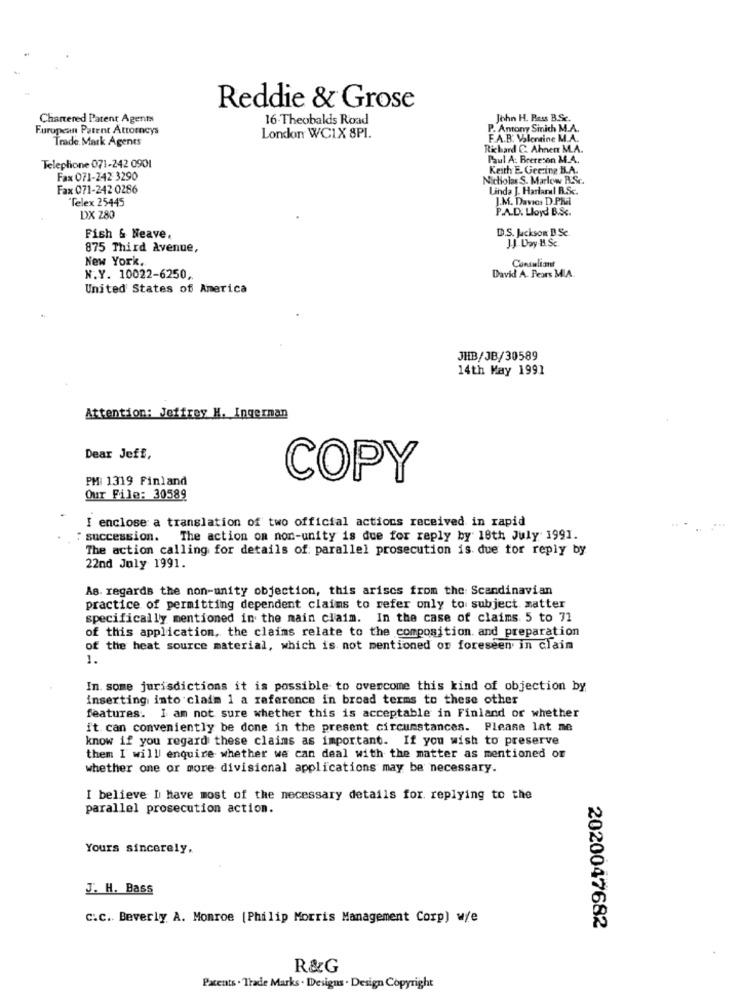
Reddie & Grose
Chartered Patent Agents
16-Theobalds Road
John H. Bass B.Sc.
Furupean Patent Attorneys
P. Antony Sinich M.A.
Trade Mark Agents
London WC1X 8PI.
F.A.B. Valentine M.A.
Richard C. Ahnen M.A.
Paul A: Brereson M.A.
Telephone 071-242 0901
Keith E. Gering B.A.
Fax 071-242 3290
Nicholas S. Marloww R.Sc.
Fax 071-242 0286
Linda J. Harlarul B.Sc.
Telex 25445
J.M. Davies D.PR
P.A.D. Lloyd B.Sc.
DX 280
D.S. Jackson B.Sc
Fish & Neave.
JJ Day-B.Sc.
875 Third Avenue,
New York,
Consultant
N.Y. 10022-6250,
David A. Pears MIA
United States of America
JHB/JB/30589
14th May 1991
Attention: Jeffrey H. Ingerman
Dear Jeff,
PM: 1319 Finland
COPY
Our File: 30589
I enclose a translation of two official actions received in rapid
succession. The action on non-unity is due for reply by 18th July 1991.
The action calling for details of: parallel prosecution is due tor reply by
22nd July 1991.
As. regards the non-unity objection, this ariscs from the Scandinavian
practice of permitting dependent claims to refer only to subject matter
specifically mentioned in the main claim. In the case of claims 5 to 71
of this application, the claims relate to the composition. and preparation
of the heat source material, which is not mentioned or foreseen in claim
1.
In. some jurisdictions it is possible to overcome this kind of objection by
inserting into claim 1 a reference in broad terms to these other
features. I am not sure whether this is acceptable in Finland or whether
it can conveniently be done in the present circumstances. Please let me
know if you regard these claims as important. If you wish to preserve
them I will enquire whether we can deal with the matter as mentioned or
whether one or more divisional applications may be necessary.
I believe D have most of the necessary details for. replying to the
parallel prosecution action.
Yours sincerely,
J. H. Bass
C.C. Beverly A. Monroe [Philip Morris Management Corp) wie
2020047682
R&G
Patents . Trade Marks . Designs . Design Copyright